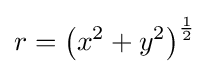
r=\left(x^{2}+y^{2}\right)^{\frac {1}{2}}